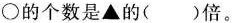
○的个数是▲的( )倍。